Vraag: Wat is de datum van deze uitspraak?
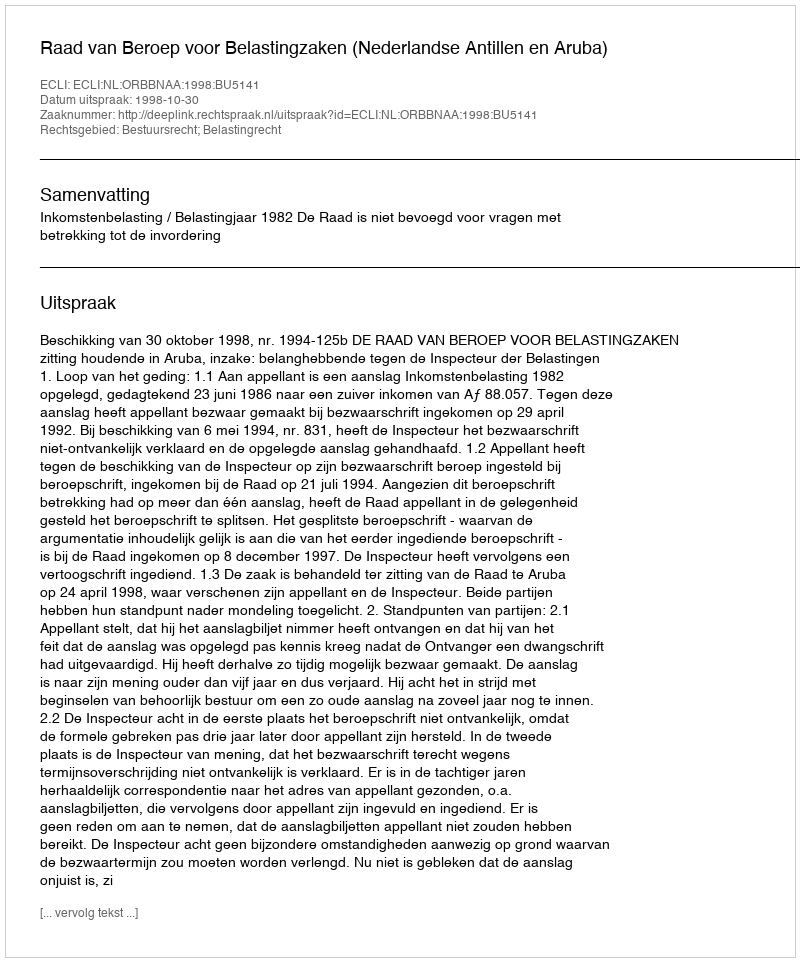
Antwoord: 1998-10-30